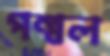
পল্বল